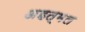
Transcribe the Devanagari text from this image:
अहत्मल